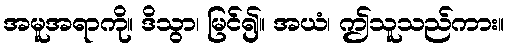
အမူအရာကို။ ဒိသွာ၊ မြင်၍။ အယံ၊ ဤသူသည်ကား။